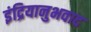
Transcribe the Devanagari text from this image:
इंद्रियानुभवाद